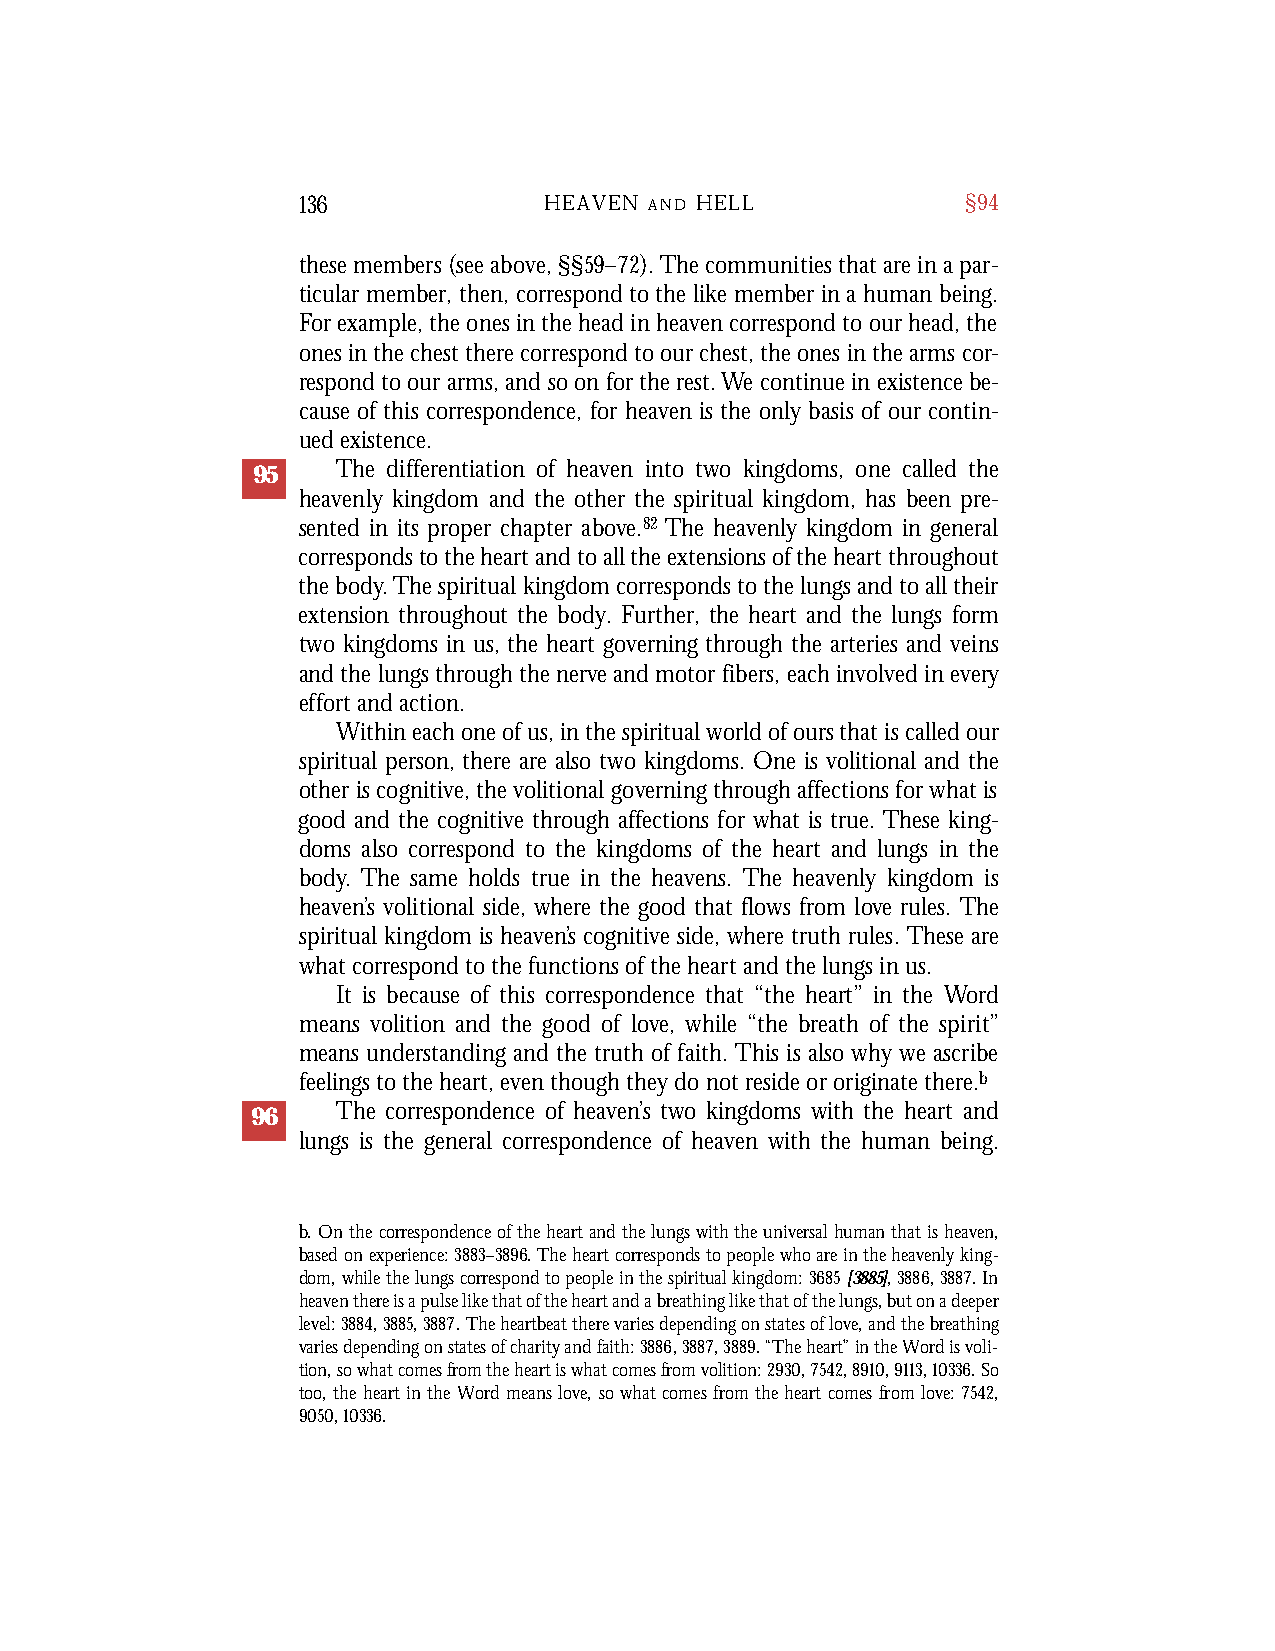
136             HEAVEN A N D H E L L        §94
 these members (see above, §§59–72). The communities that are in a par-
 ticular member, then, correspond to the like member in a human being.
 For example, the ones in the head in heaven correspond to our head, the
 ones in the chest there correspond to our chest, the ones in the arms cor-
 respond to our arms, and so on for the rest. We continue in existence be-
 cause of this correspondence, for heaven is the only basis of our contin-
 ued existence.
 95   The differentiation of heaven into two kingdoms, one called the
 heavenly kingdom and the other the spiritual kingdom, has been pre-
 sented in its proper chapter above.82 The heavenly kingdom in general
 corresponds to the heart and to all the extensions of the heart throughout
 the body.The spiritual kingdom corresponds to the lungs and to all their
 extension throughout the body. Further, the heart and the lungs form
 two kingdoms in us, the heart governing through the arteries and veins
 and the lungs through the nerve and motor fibers, each involved in every
 effort and action.
 Within each one of us, in the spiritual world of ours that is called our
 spiritual person, there are also two kingdoms. One is volitional and the
 other is cognitive, the volitional governing through affections for what is
 good and the cognitive through affections for what is true. These king-
 doms also correspond to the kingdoms of the heart and lungs in the
 body. The same holds true in the heavens. The heavenly kingdom is
 heaven’s volitional side, where the good that flows from love rules. The
 spiritual kingdom is heaven’s cognitive side, where truth rules. These are
 what correspond to the functions of the heart and the lungs in us.
 It is because of this correspondence that “the heart” in the Word
 means volition and the good of love, while “the breath of the spirit”
 means understanding and the truth of faith. This is also why we ascribe
 feelings to the heart, even though they do not reside or originate there.b
 96   The correspondence of heaven’s two kingdoms with the heart and
 lungs is the general correspondence of heaven with the human being.
 b. On the correspondence of the heart and the lungs with the universal human that is heaven,
 based on experience: 3883–3896. The heart corresponds to people who are in the heavenly king-
 dom, while the lungs correspond to people in the spiritual kingdom: 3685[3885], 3886,3887. In
 heaven there is a pulse like that of the heart and a breathing like that of the lungs, but on a deeper
 level: 3884,3885,3887. The heartbeat there varies depending on states of love, and the breathing
 varies depending on states of charity and faith: 3886,3887,3889. “The heart” in the Word is voli-
 tion, so what comes from the heart is what comes from volition: 2930,7542,8910,9113,10336. So
 too, the heart in the Word means love, so what comes from the heart comes from love: 7542,
 9050, 10336.